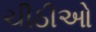
ચીઠીઓ